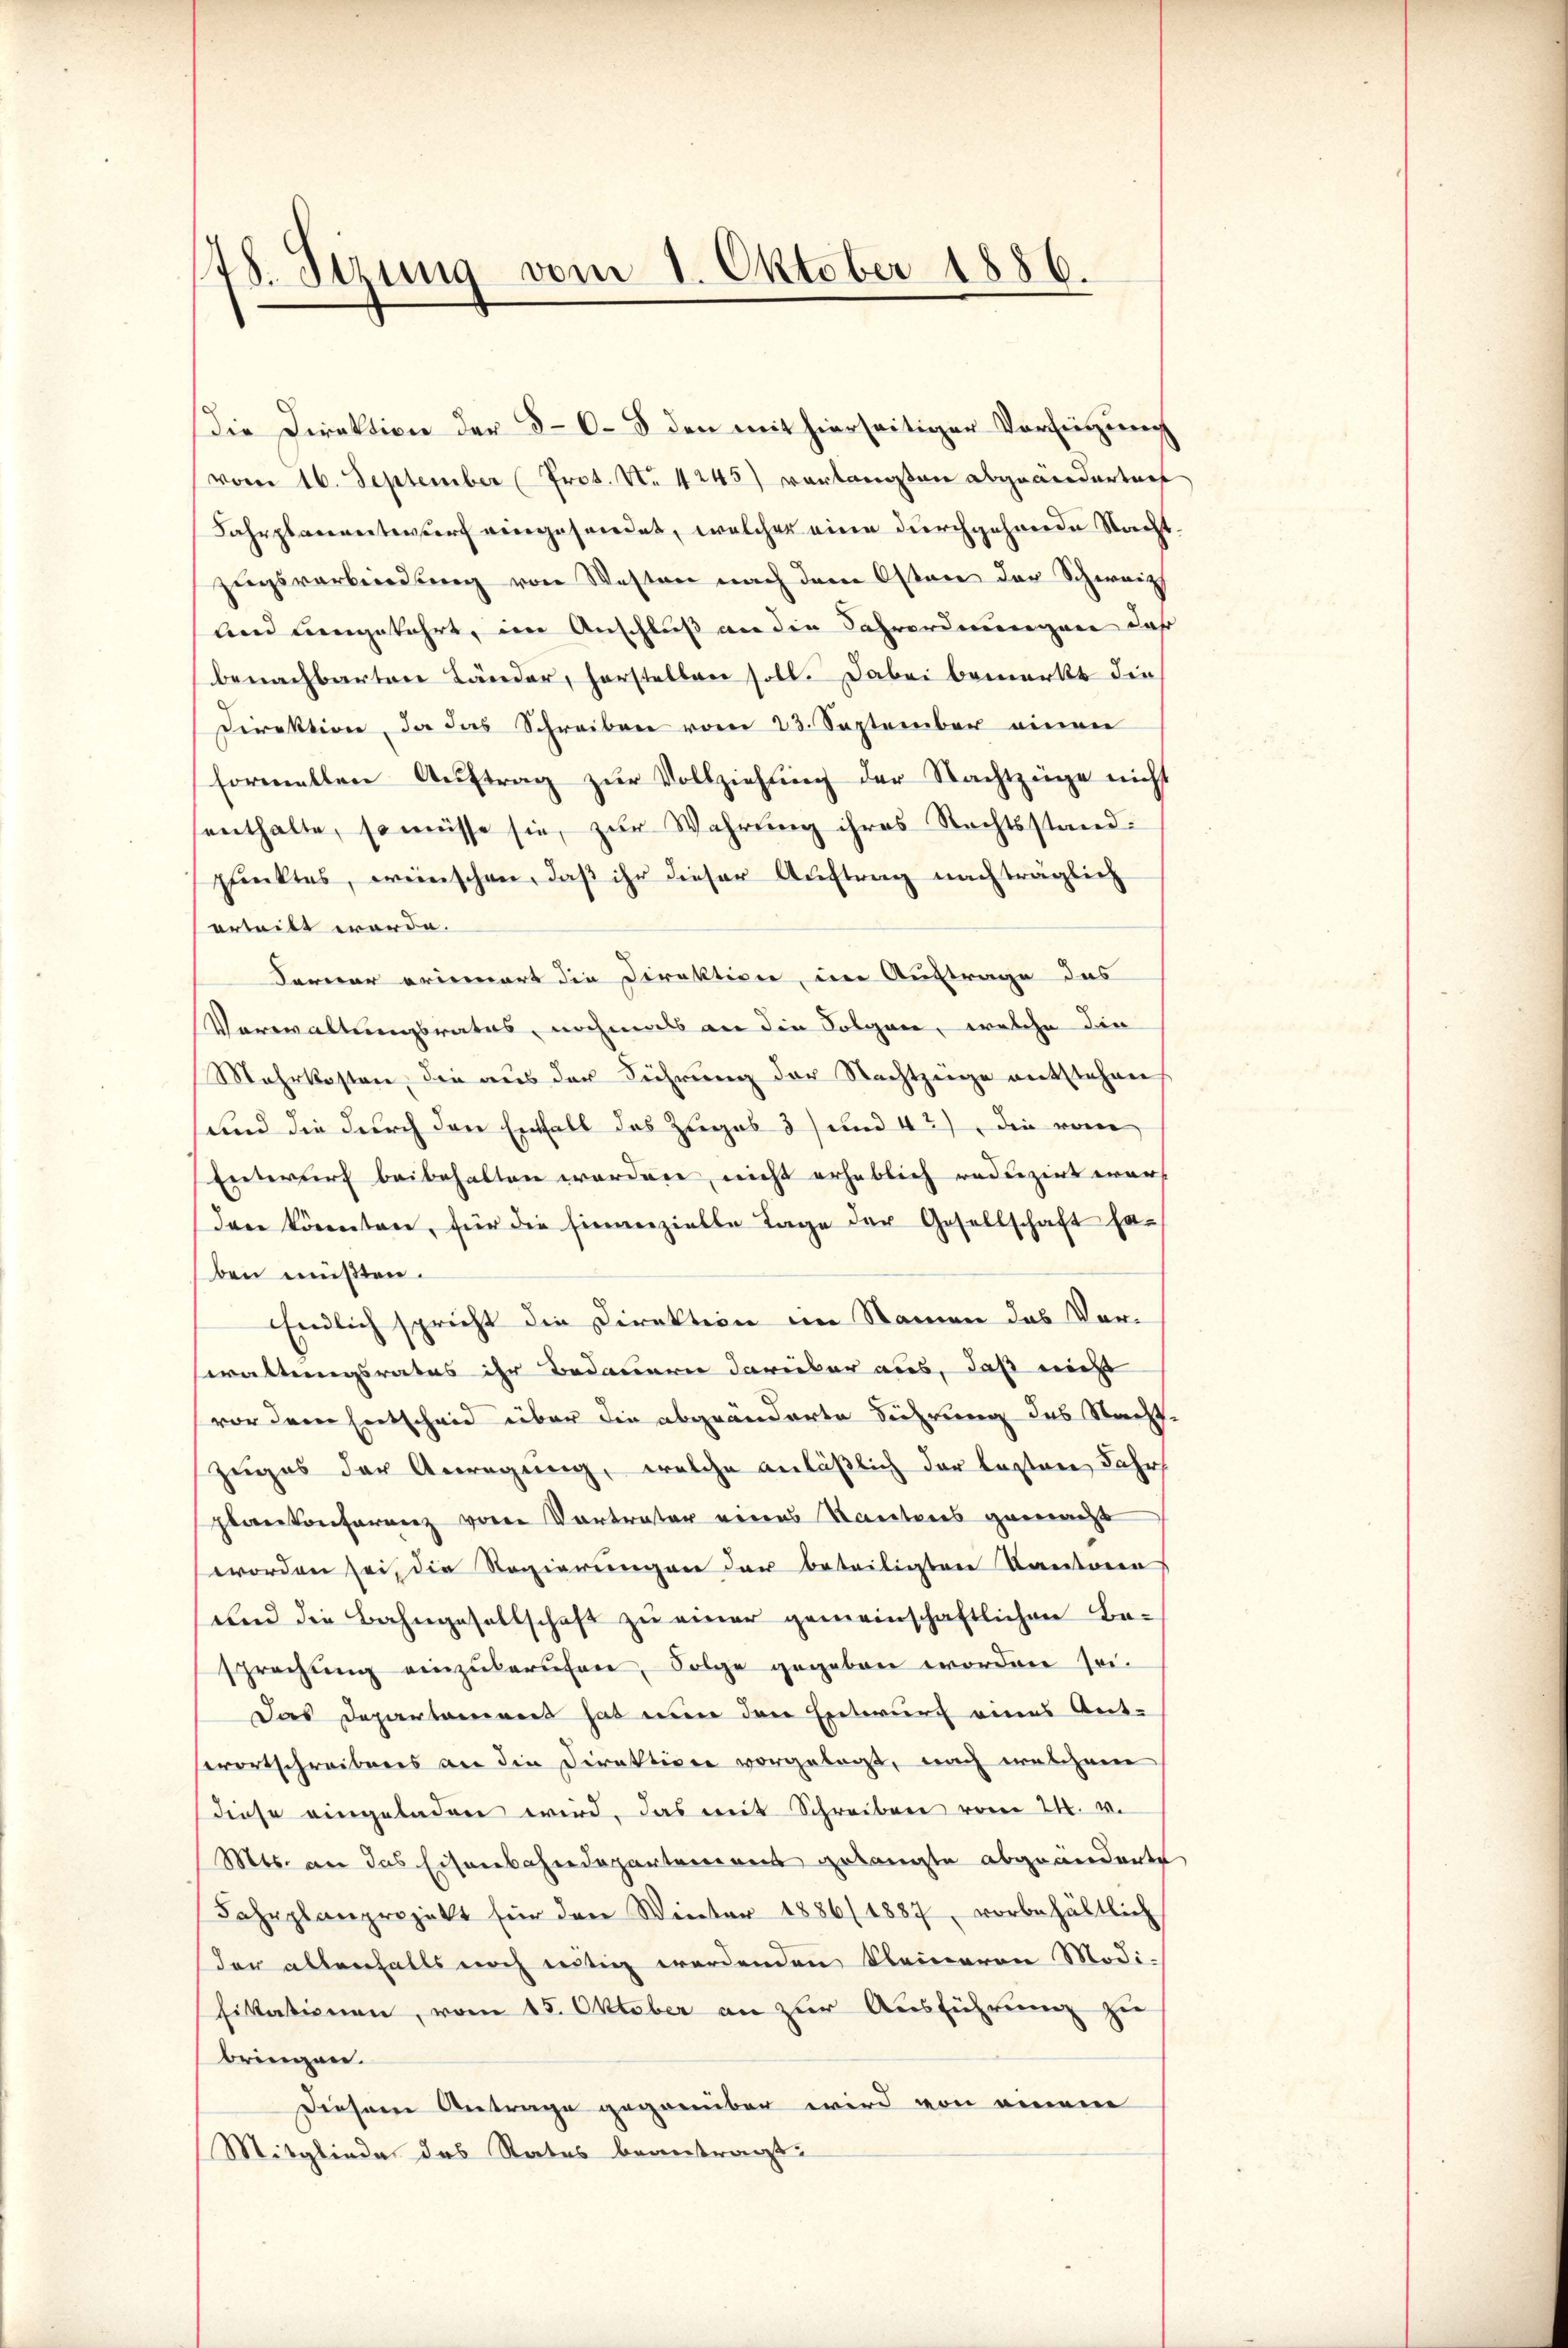
148. Sitzung vom 1. Oktober 1886.

Direktion, da das Schreiben vom 23. September einen
formellen Aŭftrag zŭr Vollziehung der Nachtzüge nicht
enthalte, so müsse sie, zur Wahrung ihres Rechtsstand:
punktes, wünschen, daß ihr dieser Auftrag nachträglich
erteilt werde.
Ferner erinnert die Direktion, im Auftrage des
Verwaltungsrates, nochmals an die Folgen, welche die
Mehrkosten, die aus der Führung der Nachtzeige entstehen
Sind die durch den Entfall des Zugab 3) und 42), die vom
Entwurf beibehalten worden, nicht erheblich reduzirt war
den könnten, für die hinanzielle Tage der Gesellschaft ha-
ben müßten.
Endlich spricht die Direktion im Namen das Vor-
waltungsrates ihr Bedauern darüber aus, daß nicht
vor dem Entscheid über die abgeänderte Führung des Nachtzuges der Anregung, welche anläßlich der lasten Jahr
plankonferenz vom Vortreter eines Kantons gemacht
worden sei, die Regierungen der beteiligten Kantone
und die Bahngesellschaft zu einer gemeinschaftlichen Be-
sprechung einzŭberŭfen, Folge gegeben worden sei.
Das Departement hat nun den Entwurf eines Antwortschreibens an die Direktion vorgelegt, nach welchem
diese eingeladen wird, das mit Schreiben vom 24. v.
Mts. an das Eisenbahndepartement gelangte abgeänderte
Fahrplanprojekt für den Winter 1886/1887, vorbehältlich
der allenfalls noch nötig werdenden Kleineren Modifikationen, vom 15. Oktober an zur Ausführung zu
bringen.
Diesem Antrage gegenüber wird von einem
Mitgliede des Rates beantragt:

die Direktion der 868 den mit hierseitiger Verfügung
vom 16. September (Prot. No 4245) vortanten abgeändertent
Fahrplanentwurf eingehendet, welcher eine durchgehende Nacht.
zŭgsverbindŭng von Westen nach dem Osten der Schweiz
und eingekehrt, im Anschluß an die Fahrordnungen daß
benachbarten Länder, herstellen soll. Dabei bemerkt die